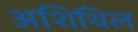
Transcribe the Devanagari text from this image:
अशिथिल